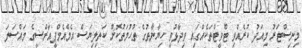
މިނިސްޓަރު މިއަދު ކުރެއްވި ޓްވީޓްތަކެއްގައި ވިދާޅުވީ ހިޔާނާތުގެ ތުހުމަތުކޮށް ކަތިލިޔަސް އެމްއެމްޕީއާރްސީގެ މައްސަލަ